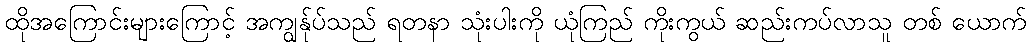
ထိုအကြောင်းများကြောင့် အကျွန်ုပ်သည် ရတနာ သုံးပါးကို ယုံကြည် ကိုးကွယ် ဆည်းကပ်လာသူ တစ် ယောက်